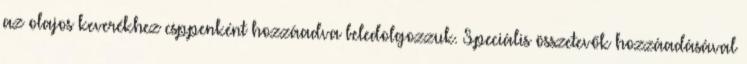
az olajos keverékhez csppenként hozzáadva beledolgozzuk. Speciális összetevők hozzáadásával